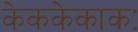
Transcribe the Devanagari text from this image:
केककेकाकः